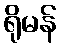
ရိုမန်